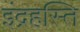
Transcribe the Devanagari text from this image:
इंद्रहस्ति